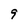
Character: 9